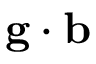
\mathbf { g } \cdot \mathbf { b }